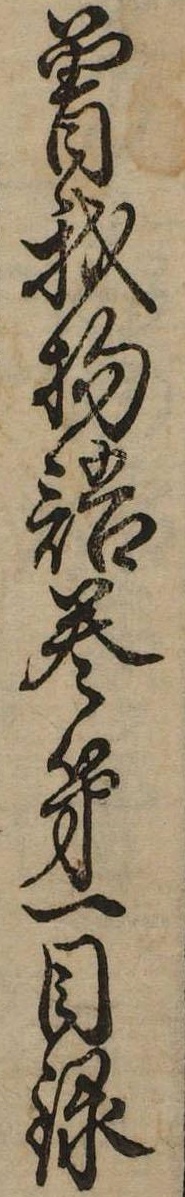
曽我物語巻第一目録